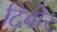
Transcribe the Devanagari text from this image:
टिबोर